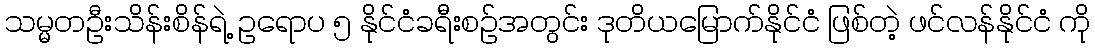
သမ္မတဦးသိန်းစိန်ရဲ့ ဥရောပ ၅ နိုင်ငံခရီးစဉ်အတွင်း ဒုတိယမြောက်နိုင်ငံ ဖြစ်တဲ့ ဖင်လန်နိုင်ငံ ကို